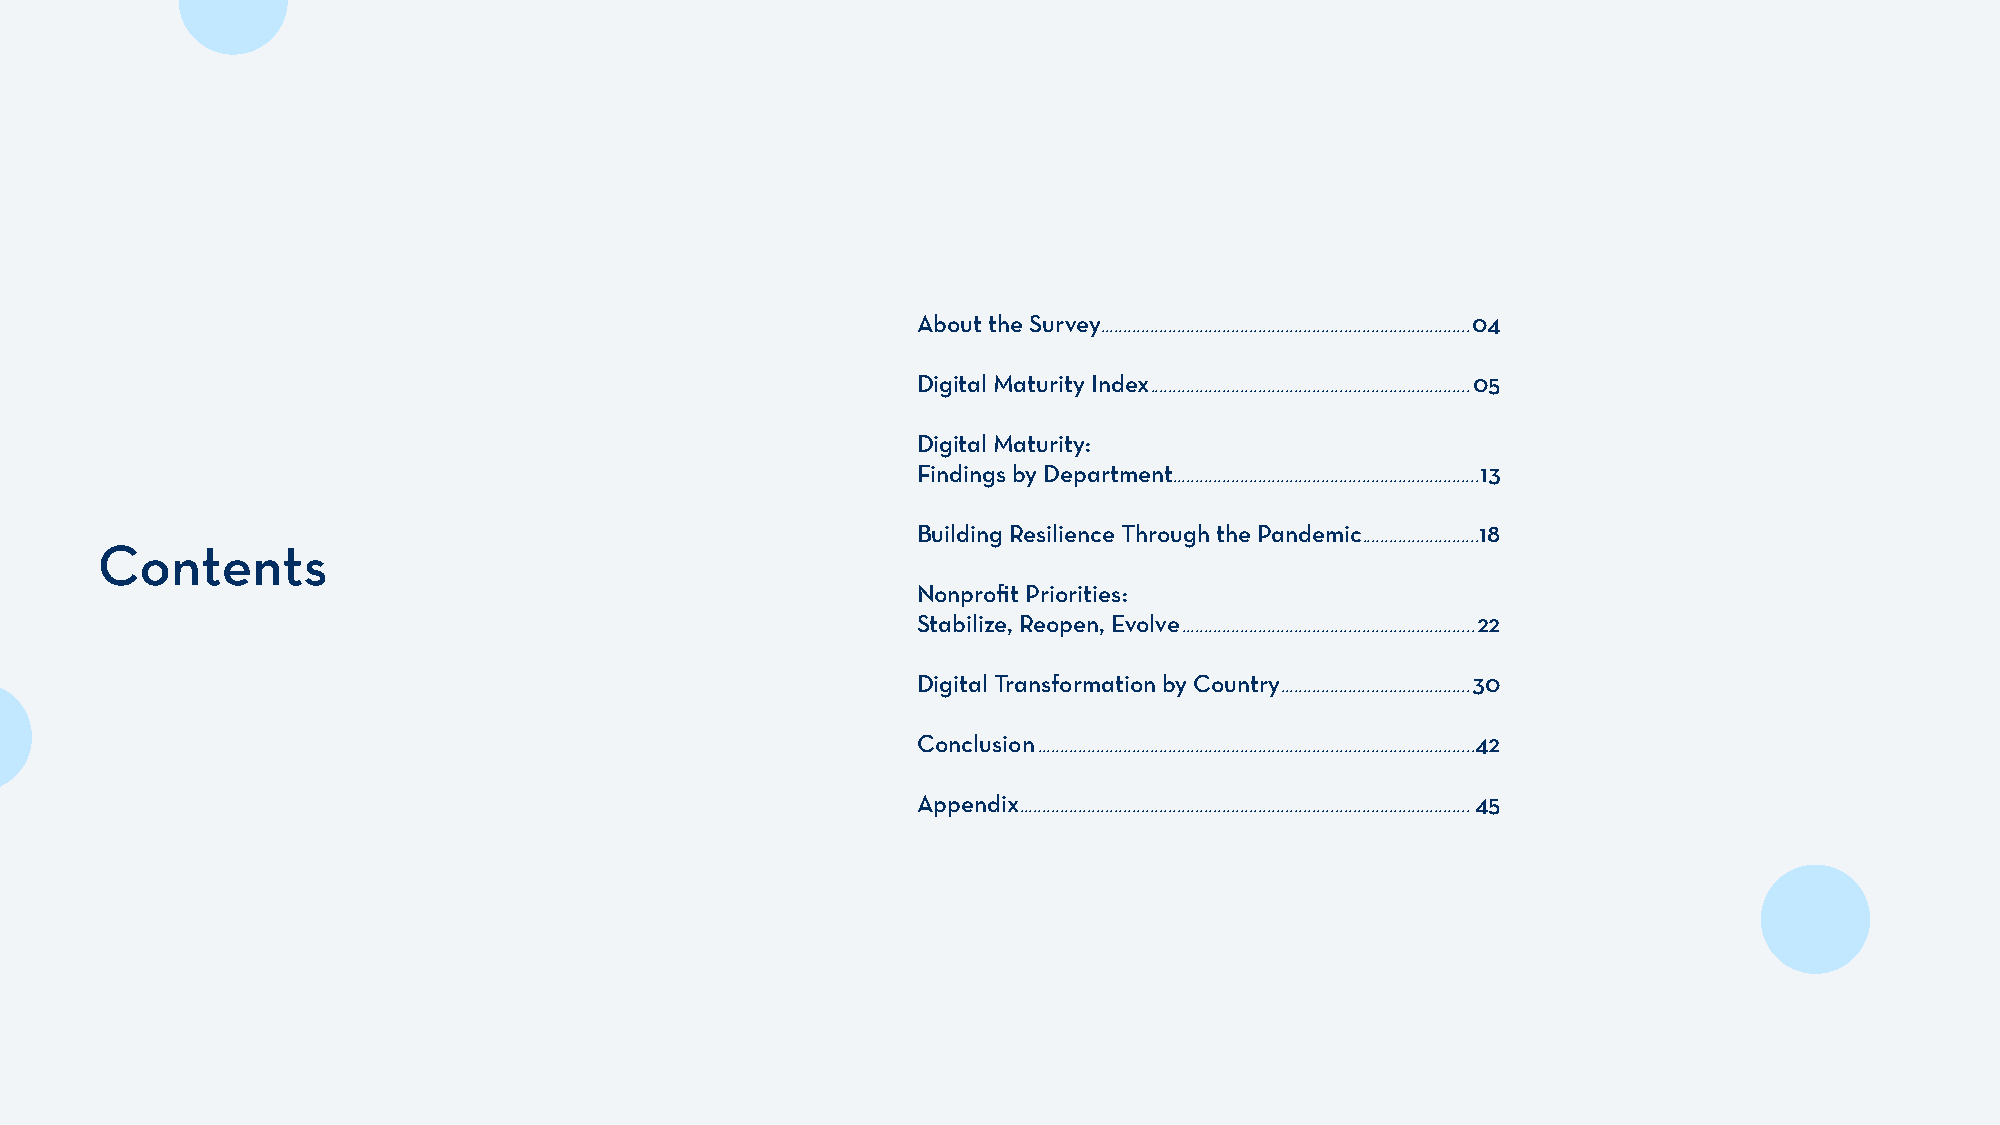
Contents
 About the Survey ..................................................................................04
 Digital Maturity Index .......................................................................05
 Digital Maturity:
 Findings by Department ....................................................................13
 Building Resilience Through the Pandemic ..........................18
 Contents
 Nonprofit Priorities:
 Stabilize, Reopen, Evolve .................................................................22
 Digital Transformation by Country ..........................................30
 Conclusion .................................................................................................42
 Appendix ....................................................................................................45